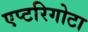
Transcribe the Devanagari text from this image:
एप्टरिगोटा